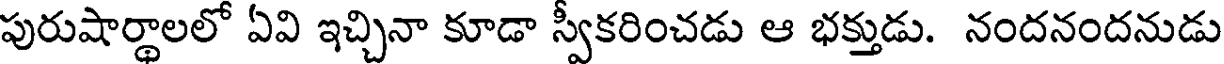
పురుషార్థాలలో ఏవి ఇచ్చినా కూడా స్వీకరించడు ఆ భక్తుడు. నందనందనుడు